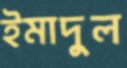
ইমাদুল